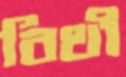
বিথী